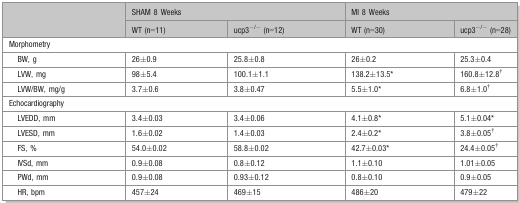
<table><thead><tr><td rowspan="2"></td><td colspan="2"><b>SHAM 8 Weeks</b></td><td colspan="2"><b>MI 8 Weeks</b></td></tr><tr><td><b>WT (n=11)</b></td><td><b>ucp3<sup>−/−</sup> (n=12)</b></td><td><b>WT (n=30)</b></td><td><b>ucp3<sup>−/−</sup> (n=28)</b></td></tr></thead><tbody><tr><td colspan="5">Morphometry</td></tr><tr><td>BW, g</td><td>26±0.9</td><td>25.8±0.8</td><td>26±0.2</td><td>25.3±0.4</td></tr><tr><td>LVW, mg</td><td>98±5.4</td><td>100.1±1.1</td><td>138.2±13.5*</td><td>160.8±12.8*</td></tr><tr><td>LVW/BW, mg/g</td><td>3.7±0.6</td><td>3.8±0.47</td><td>5.5±1.0*</td><td>6.8±1.0*</td></tr><tr><td colspan="5">Echocardiography</td></tr><tr><td>LVEDD, mm</td><td>3.4±0.03</td><td>3.4±0.06</td><td>4.1±0.8*</td><td>5.1±0.04*</td></tr><tr><td>LVESD, mm</td><td>1.6±0.02</td><td>1.4±0.03</td><td>2.4±0.2*</td><td>3.8±0.05*</td></tr><tr><td>FS, %</td><td>54.0±0.02</td><td>58.8±0.02</td><td>42.7±0.03*</td><td>24.4±0.05*</td></tr><tr><td>IVSd, mm</td><td>0.9±0.08</td><td>0.8±0.12</td><td>1.1±0.10</td><td>1.01±0.05</td></tr><tr><td>PWd, mm</td><td>0.9±0.08</td><td>0.93±0.12</td><td>0.8±0.10</td><td>0.9±0.05</td></tr><tr><td>HR, bpm</td><td>457±24</td><td>469±15</td><td>486±20</td><td>479±22</td></tr></tbody></table>